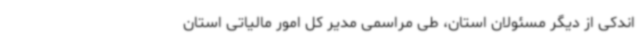
اندکی از دیگر مسئولان استان، طی مراسمی مدیر کل امور مالیاتی استان